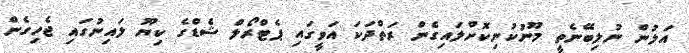
އަލުން ނުލިބޭނެތީ މޫނުކުނިކޮށްލައިގެން ރަތްދަކަ އަވީގައި ޕެޓްރޯލް ޝެޑްގެ ކިޔޫ ލައިނުގައި ޖެހިގެން